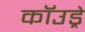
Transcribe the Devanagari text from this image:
कॉउड्रे